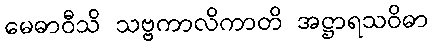
မေဓာဝီသိ သဗ္ဗကာလိကာတိ အဋ္ဌာရသဝိဓာ